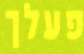
פעלך